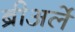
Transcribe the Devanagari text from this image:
ब्रीअर्ले